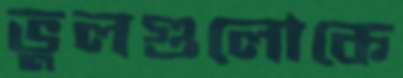
ভুলগুলোকে